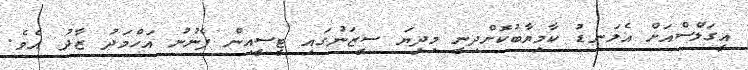
އީގަލްސްއަށް އެލަނޑު ކާމިޔާބުކޮށްދިނީ މިދިޔަ ސީޒަނުގައި ޓީސީއިން ފެނުނު އަހްމަދު ޒާދު އެވެ.